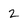
Character: 2